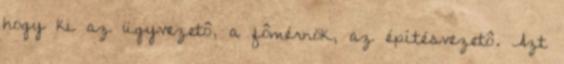
hogy ki az ügyvezetô, a fômérnök, az építésvezetô. Azt